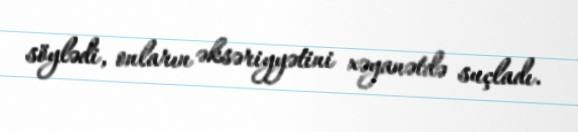
söylədi, onların əksəriyyətini xəyanətdə suçladı.